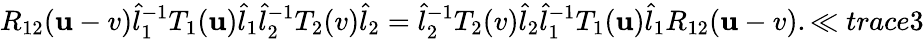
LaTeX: R_{12}(\mathbf{u}-v)\hat{{l}}_{1}^{-1}T_{1}(\mathbf{u})\hat{{l}}_{1}\hat{{l}}_{2}^{-1}T_{2}(v)\hat{{l}}_{2}=\hat{{l}}_{2}^{-1}T_{2}(v)\hat{{l}}_{2}\hat{{l}}_{1}^{-1}T_{1}(\mathbf{u})\hat{{l}}_{1}R_{12}(\mathbf{u}-v).\ll{trace3}